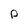
Character: D